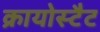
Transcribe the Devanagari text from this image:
क्रायोस्टैट